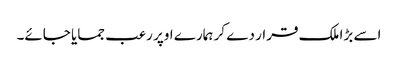
اسے بڑا ملک قرار دے کر ہمارے اوپر رعب جمایا جائے۔